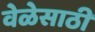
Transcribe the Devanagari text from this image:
वेळेसाठी